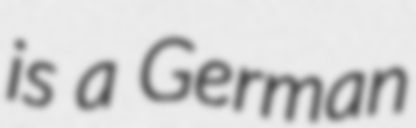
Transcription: is a German